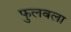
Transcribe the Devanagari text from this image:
फुलवला